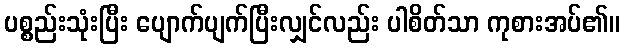
ပစ္စည်းသုံးပြီး ပျောက်ပျက်ပြီးလျှင်လည်း ပါစိတ်သာ ကုစားအပ်၏။